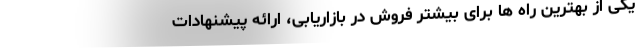
یکی از بهترین راه ها برای بیشتر فروش در بازاریابی، ارائه پیشنهادات